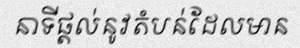
នាទីផ្តល់នូវតំបន់ដែលមាន